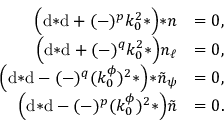
\begin{array} { r l } { \Big ( \mathrm { d } { * \mathrm { d } } + ( - ) ^ { p } k _ { 0 } ^ { 2 } { * } \Big ) { * n } } & { = 0 , } \\ { \Big ( \mathrm { d } { * \mathrm { d } } + ( - ) ^ { q } k _ { 0 } ^ { 2 } { * } \Big ) n _ { \ell } } & { = 0 , } \\ { \Big ( \mathrm { d } { * \mathrm { d } } - ( - ) ^ { q } ( k _ { 0 } ^ { \phi } ) ^ { 2 } { * } \Big ) { * \tilde { n } _ { \psi } } } & { = 0 , } \\ { \Big ( \mathrm { d } { * \mathrm { d } } - ( - ) ^ { p } ( k _ { 0 } ^ { \phi } ) ^ { 2 } { * } \Big ) \tilde { n } } & { = 0 . } \end{array}